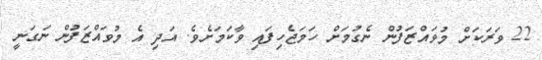
22 ވަރަކަށް މުވައްޒަފުން ނެގުމަށް ހަމަޖެހިފައި ވާކަމަށެވެ. އަދި އެ މުވައްޒަފުން ނަގަނީ